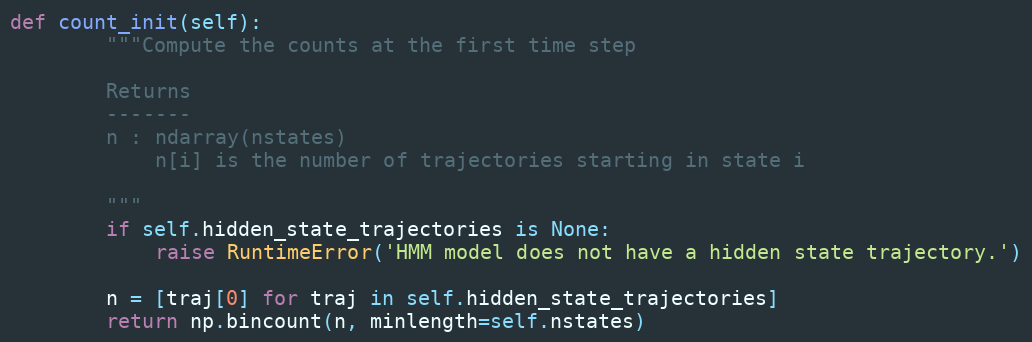
Language: Python
def count_init(self):
        """Compute the counts at the first time step

        Returns
        -------
        n : ndarray(nstates)
            n[i] is the number of trajectories starting in state i

        """
        if self.hidden_state_trajectories is None:
            raise RuntimeError('HMM model does not have a hidden state trajectory.')

        n = [traj[0] for traj in self.hidden_state_trajectories]
        return np.bincount(n, minlength=self.nstates)